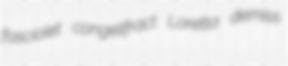
fasciolet congelifract Loretta demiss